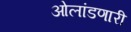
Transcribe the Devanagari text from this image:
ओलांडणारी